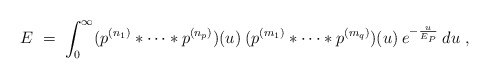
\begin{align*}E \;=\; \int_0^\infty (p^{(n_1)} * \cdots * p^{(n_p)})(u) \:(p^{(m_1)} * \cdots * p^{(m_q)})(u) \:e^{-\frac{u}{E_P}} \:du\;,\end{align*}